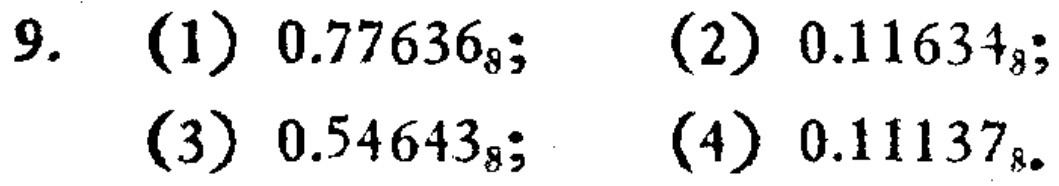
(1) \(0.77636_{8}\); (2) \(0.11634_{8}\); (3) \(0.54643_{8}\); (4) \(0.11137_{8}\)